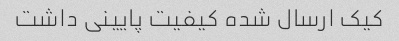
کیک ارسال شده کیفیت پایینی داشت